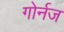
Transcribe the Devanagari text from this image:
गोर्नज